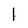
Character: l